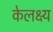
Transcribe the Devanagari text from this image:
केलक्ष्य